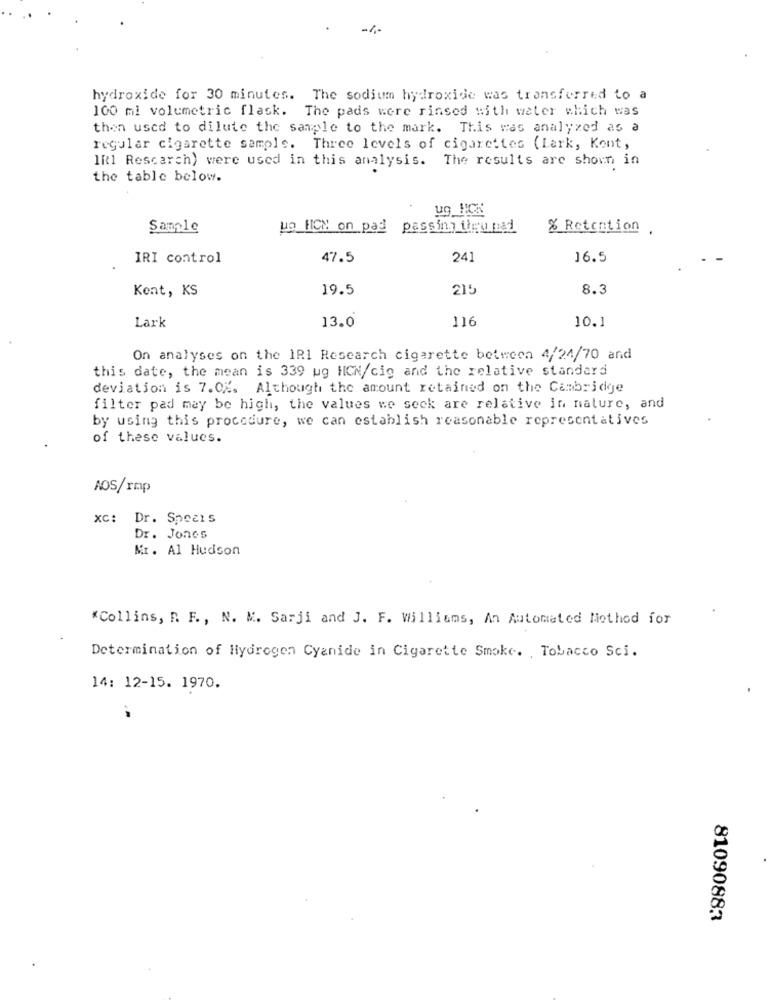
-1-
hydroxide for 30 minutes. The sodium hydroxide was transferred to a
100 ml volumetric flask. The pads were rinsed with water which was
then used to dilute the sample to the mark. This was analyzed as a
regular cigarette sample. Three levels of cigarettes (Lark, Kent,
IR1 Rescarch) were used in this analysis. The results are shown in
the table below.
ug_HCK
Sample
un HICH on pad passing theu nad
% Retention .
IRI control
47.5
241
16.5
Kent, KS
19.5
215
8.3
13.0
116
10.1
Lark
On analyses on the IRI Research cigarette between 4/24/70 and
this date, the mean is 339 ug HICN/cig and the relative standard
deviation is 7.0%. Although the amount retained on the Cambridge
filter pad may be high, the values we seck are relative in nature, and
by using this procedure, we can establish reasonable representatives
of these values.
AOS/rmp
xc: Dr. Spears
Dr. Jones
Mr. Al Hudson
"Collins, R. F ., N. M. Sarji and J. F. Williams, An Automated Method for
Determination of Hydrogen Cyanide in Cigarette Smoke. Tobacco Sci.
14: 12-15. 1970.
81090883